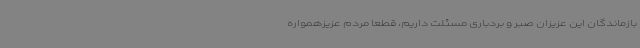
بازماندگان این عزیزان صبر و بردباری مسئلت داریم، قطعاً مردم عزیزهمواره